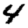
Digit: 4